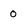
Character: 0